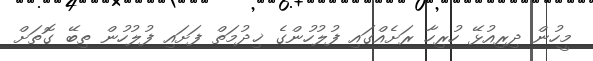
މީހުން ދިރިއުޅޭ ހުރިހާ ރަށެއްގައި ފުލުހުންގެ ޚިދުމަތް ފަށައި ފުލުހުން ތިބޭ ގޮތަށް